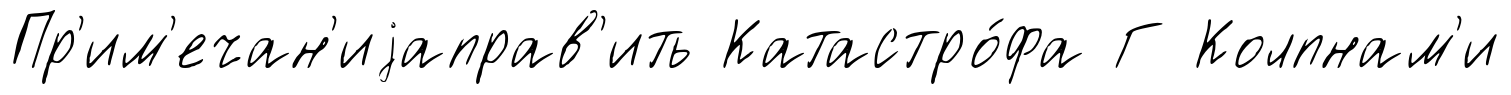
Пр'им'ечан'иjаправ'ить Катастро́фа Г Колпнам'и